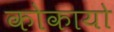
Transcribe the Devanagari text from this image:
कोकायो